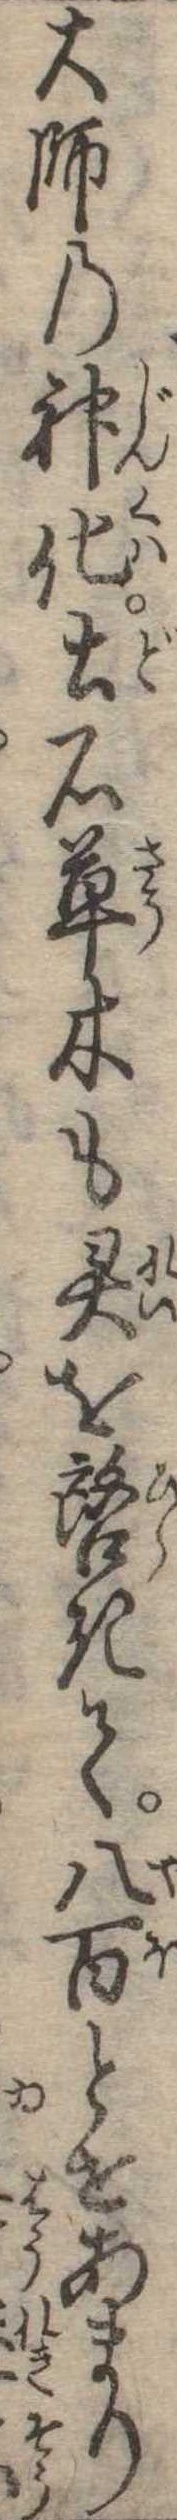
大師の神化土石草木も霊を啓きて八百とせあまり